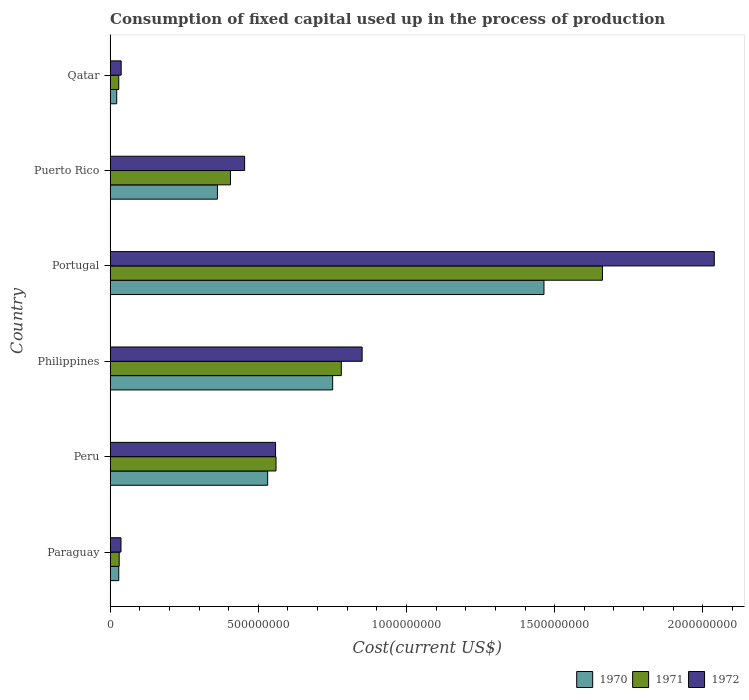
| Country | 1970 | 1971 | 1972 |
 | --- | --- | --- | --- |
 | Paraguay | 2.9e+07 | 3.05e+07 | 3.66e+07 |
 | Peru | 5.31e+08 | 5.6e+08 | 5.58e+08 |
 | Philippines | 7.51e+08 | 7.8e+08 | 8.5e+08 |
 | Portugal | 1.46e+09 | 1.66e+09 | 2.04e+09 |
 | Puerto Rico | 3.62e+08 | 4.06e+08 | 4.54e+08 |
 | Qatar | 2.22e+07 | 2.9e+07 | 3.72e+07 |